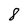
Character: 8